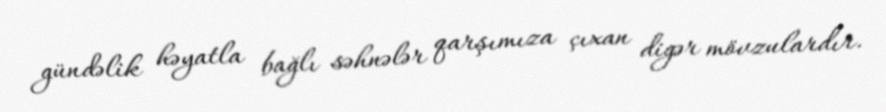
gündəlik həyatla bağlı səhnələr qarşımıza çıxan digər mövzulardır.